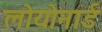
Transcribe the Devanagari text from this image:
लोयोनार्ड